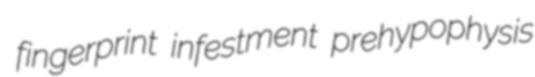
fingerprint infestment prehypophysis